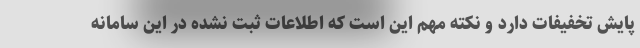
پایش تخفیفات دارد و نکته مهم این است که اطلاعات ثبت نشده در این سامانه